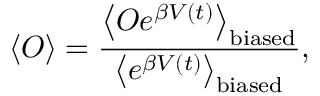
\left< O \right> = \frac { \left< O e ^ { \beta V ( t ) } \right> _ { \mathrm { b i a s e d } } } { \left< e ^ { \beta V ( t ) } \right> _ { \mathrm { b i a s e d } } } ,